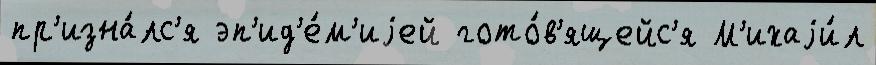
пр'изна́лс'я эп'ид'е́м'иjей гото́в'ящейс'я М'ихаjи́л